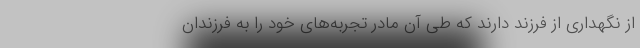
از نگهداری از فرزند دارند که طی آن مادر تجربه‌های خود را به فرزندان